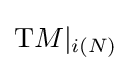
\mathrm {T} M\vert _{i(N)}